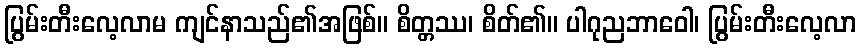
ပြွမ်းတီးလေ့လာမ ကျင်နာသည်၏အဖြစ်။ စိတ္တဿ၊ စိတ်၏။ ပါဂုညဘာဝေါ၊ ပြွမ်းတီးလေ့လာ